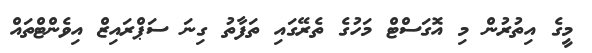
މީގެ އިތުރުން މި އޮގަސްޓް މަހުގެ ތެރޭގައި ތަފާތު ގިނަ ސަޕްރައިޒް އިވެންޓްތައް